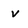
Character: V